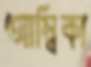
আম্বিকা